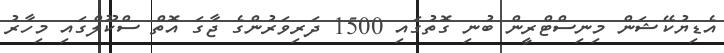
އެޑިޔުކޭޝަން މިނިސްޓްރީން ބުނި ގޮތުގައި 1500 ދަރިވަރުންގެ ޖާގަ އޮތް ސްކޫލްގައި މިހާރު